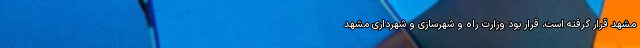
مشهد قرار گرفته‌ است، قرار بود وزارت راه و شهرسازی و شهرداری مشهد